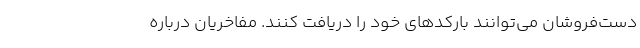
دست‌فروشان می‌توانند بارکدهای خود را دریافت کنند. مفاخریان درباره